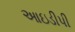
આઇડીપી